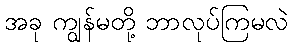
အခု ကျွန်မတို့ ဘာလုပ်ကြမလဲ